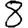
Digit: 8